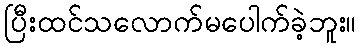
ပြီးထင်သလောက်မပေါက်ခဲ့ဘူး။